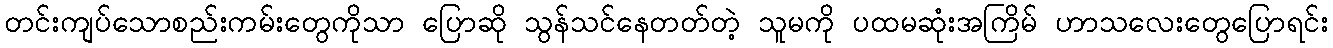
တင်းကျပ်သောစည်းကမ်းတွေကိုသာ ပြောဆို သွန်သင်နေတတ်တဲ့ သူမကို ပထမဆုံးအကြိမ် ဟာသလေးတွေပြောရင်း